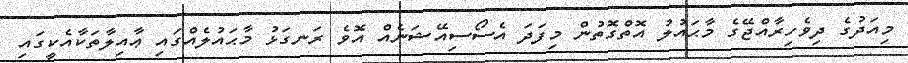
މިއަދުގެ ދިވެހިރާއްޖޭގެ މާޙައުލު އޮތްގޮތުން މިފަދަ އެސޯސިއޭޝަނެއް އޮވެ ރަނގަޅު މާޙައުލެއްގައި ޢާއިލާތަކާއެކީގައި